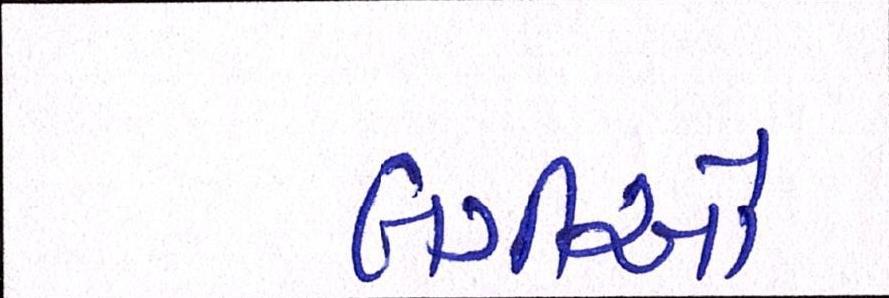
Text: બગીઓ